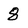
Character: 8